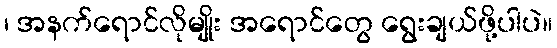
၊ အနက်ရောင်လိုမျိုး အရောင်တွေ ရွေးချယ်ဖို့ပါပဲ။